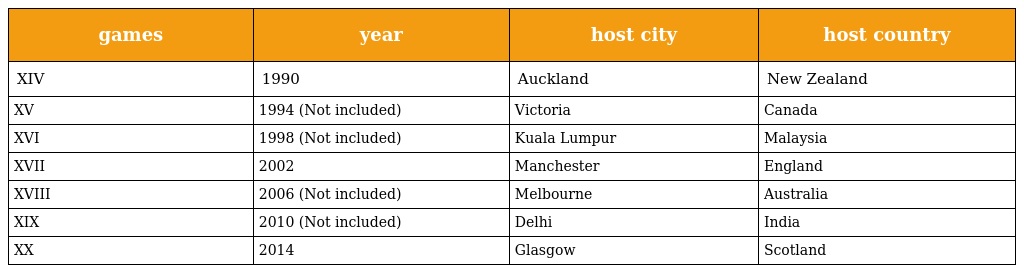
| games | year | host city | host country |
 | --- | --- | --- | --- |
 | XIV | 1990 | Auckland | New Zealand |
 | XV | 1994 (Not included) | Victoria | Canada |
 | XVI | 1998 (Not included) | Kuala Lumpur | Malaysia |
 | XVII | 2002 | Manchester | England |
 | XVIII | 2006 (Not included) | Melbourne | Australia |
 | XIX | 2010 (Not included) | Delhi | India |
 | XX | 2014 | Glasgow | Scotland |